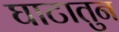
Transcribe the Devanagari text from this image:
घाटातुन